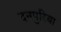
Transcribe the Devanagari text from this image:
दनपुरिया